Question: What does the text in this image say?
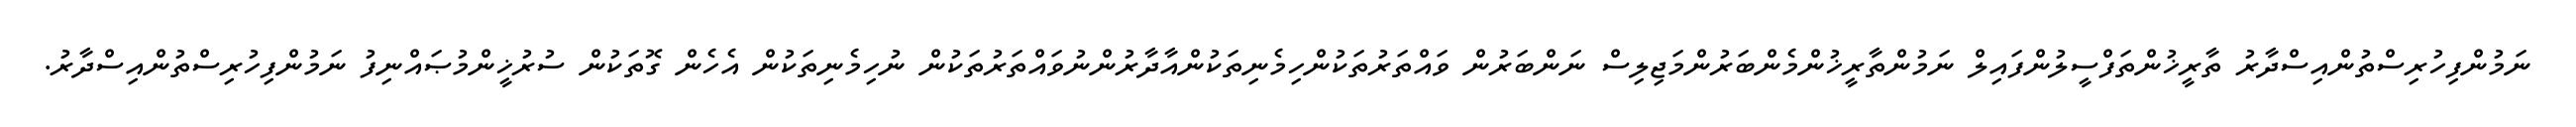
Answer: ނަމުންފިހުރިސްތުންއިސްދާރު ތާރީޚުންތަފްސީލުންފައިލް ނަމުންތާރީޚުންމެންބަރުންމަޖިލިސް ނަންބަރުން ވައްތަރުތަކުންހިމެނިތަކުންއާދާރުންނުވައްތަރުތަކުން ނުހިމެނިތަކުން އެހެން ގޮތަކުން ސުރުޚީންމުޞައްނިފު ނަމުންފިހުރިސްތުންއިސްދާރު.